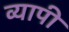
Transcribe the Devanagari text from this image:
व्‍यापी